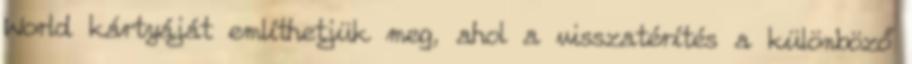
World kártyáját említhetjük meg, ahol a visszatérítés a különböző